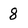
Character: 8